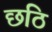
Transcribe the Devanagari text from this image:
छठि